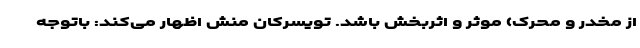
از مخدر و محرک) موثر و اثربخش باشد. تویسرکان منش اظهار می‌کند: باتوجه